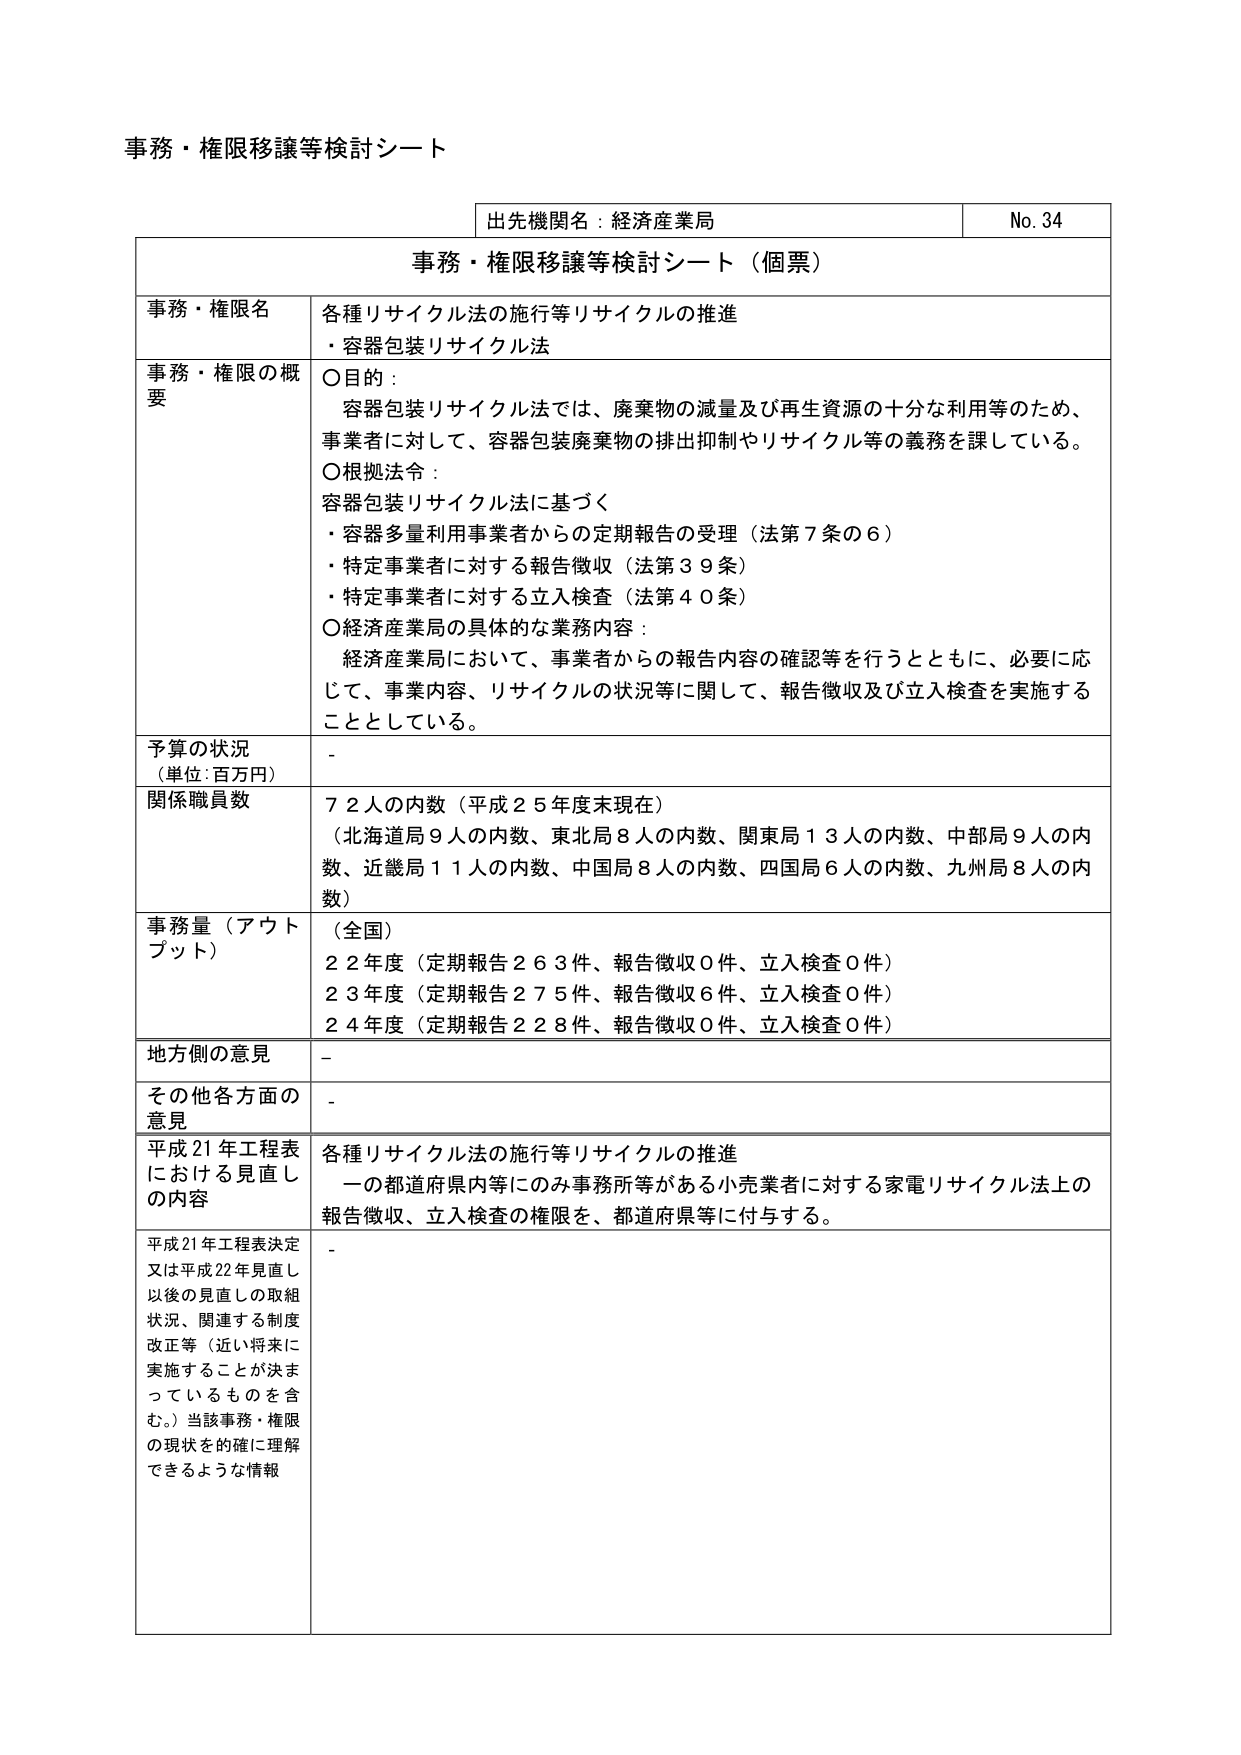
事務・権限移譲等検討シート

出先機関名：経済産業局